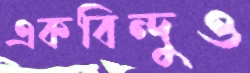
একবিন্দুও